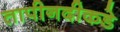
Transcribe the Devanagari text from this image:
तापीनदीकडे